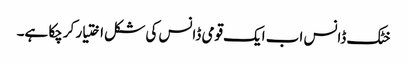
خٹک ڈانس اب ایک قومی ڈانس کی شکل اختیار کرچکا ہے۔